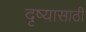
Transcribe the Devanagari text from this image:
दृष्यासाठी